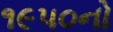
૧૯૫૦નો